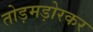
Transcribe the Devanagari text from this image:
तोड़मड़ोरकर